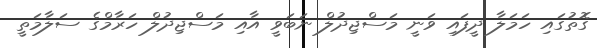
ގޮތުގައި ހަމަލާ ދީފައި ވަނީ މަސްޖިދުލް ނަބަަވީ އާއި މަސްޖިދުލް ހަރާމްގެ ސަލާމަތީ